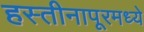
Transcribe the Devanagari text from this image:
हस्तीनापूरमध्ये